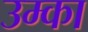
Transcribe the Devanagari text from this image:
उम्का